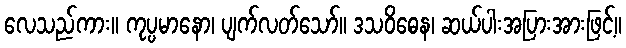
လေသည်ကား။ ကုပ္ပမာနော၊ ပျက်လတ်သော်။ ဒသဝိဓေန၊ ဆယ်ပါးအပြားအားဖြင့်။